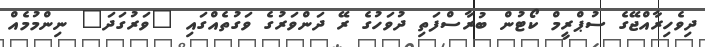
ދިވެހިރާއްޖޭގެ ސުޕްރީމް ކޯޓުން ބުރާސްފަތި ދުވަހުގެ ރޭ ދަންވަރުގެ ވަގުތެއްގައި "ވަރުގަދަ" ނިންމުމެއް